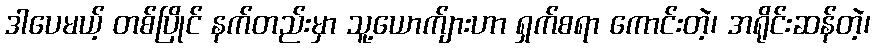
ဒါပေမယ့် တစ်ပြိုင် နက်တည်းမှာ သူ့ယောက်ျားဟာ ရှက်စရာ ကောင်းတဲ့၊ အရိုင်းဆန်တဲ့၊